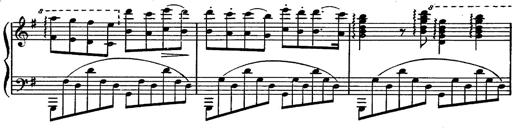
Title: Magyar rapszÃ³diÃ¡k
Composer: Franz Liszt